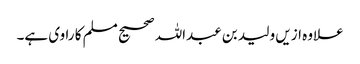
علاوہ ازیں ولید بن عبداللہ صحیح مسلم کا راوی ہے۔